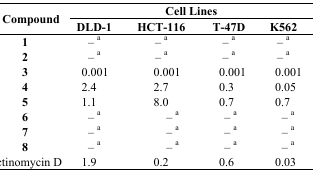
<table><thead><tr><td rowspan="2"><b>Compound</b></td><td colspan="4"><b>Cell Lines</b></td></tr><tr><td><b>DLD-1</b></td><td><b>HCT-116</b></td><td><b>T-47D</b></td><td><b>K562</b></td></tr></thead><tbody><tr><td><b>1</b></td><td>– <sup>a</sup></td><td>– <sup>a</sup></td><td>– <sup>a</sup></td><td>– <sup>a</sup></td></tr><tr><td><b>2</b></td><td>– <sup>a</sup></td><td>– <sup>a</sup></td><td>– <sup>a</sup></td><td>– <sup>a</sup></td></tr><tr><td><b>3</b></td><td>0.001</td><td>0.001</td><td>0.001</td><td>0.001</td></tr><tr><td><b>4</b></td><td>2.4</td><td>2.7</td><td>0.3</td><td>0.05</td></tr><tr><td><b>5</b></td><td>1.1</td><td>8.0</td><td>0.7</td><td>0.7</td></tr><tr><td><b>6</b></td><td>– <sup>a</sup></td><td>– <sup>a</sup></td><td>– <sup>a</sup></td><td>– <sup>a</sup></td></tr><tr><td><b>7</b></td><td>– <sup>a</sup></td><td>– <sup>a</sup></td><td>– <sup>a</sup></td><td>– <sup>a</sup></td></tr><tr><td><b>8</b></td><td>– <sup>a</sup></td><td>– <sup>a</sup></td><td>– <sup>a</sup></td><td>– <sup>a</sup></td></tr><tr><td>Actinomycin D</td><td>1.9</td><td>0.2</td><td>0.6</td><td>0.03</td></tr></tbody></table>